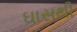
ઘાસથી